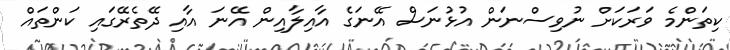
ކިތަންމެ ވަރަކަށް ނުވިސްނަން އުޅުނަސް އޭނަގެ އާއިލާއިން އޭނަ އާއި ދޭތެރޭގައި ކަންތައް